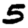
Digit: 5